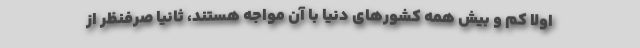
اولا کم و بیش همه کشورهای دنیا با آن مواجه هستند، ثانیا صرفنظر از